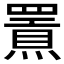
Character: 𤐍